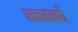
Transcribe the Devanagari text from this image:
स्नाताकों